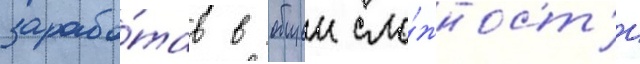
зарабо́тав в общеи сло́жност'и